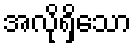
အလိုရှိသော